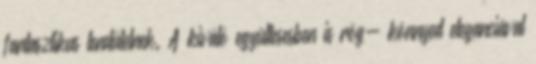
fantasztikus lendületnek. A kiváló együttesesben is rög- könnyed eleganciával